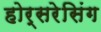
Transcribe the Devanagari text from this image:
होर्सरेसिंग